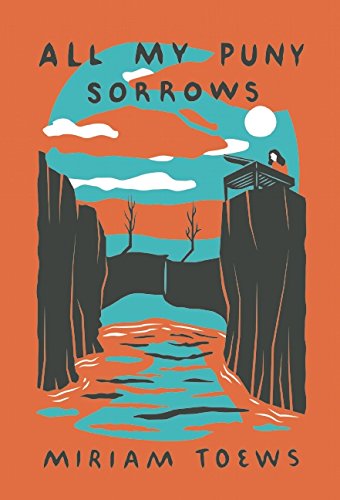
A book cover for All My Puny Sorrows; Miriam Toews; Literature & Fiction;